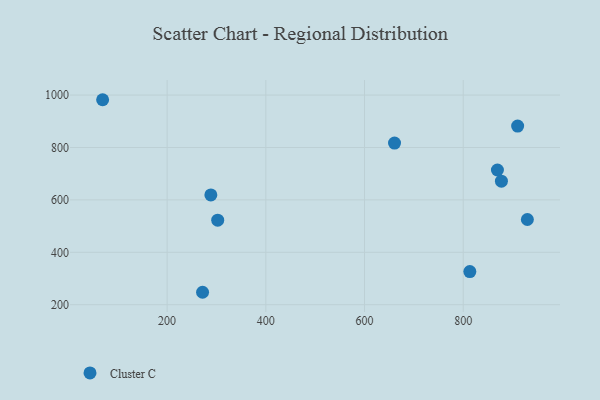
{"axis": {"x": "Engine Size", "y": "Sales"}, "legend": ["Cluster C"], "data": [{"x": "869.3", "y": 714.1, "type": "Cluster C"}, {"x": "660.8", "y": 817.0, "type": "Cluster C"}, {"x": "69.3", "y": 982.3, "type": "Cluster C"}, {"x": "910.3", "y": 881.9, "type": "Cluster C"}, {"x": "877.4", "y": 671.5, "type": "Cluster C"}, {"x": "813.4", "y": 326.4, "type": "Cluster C"}, {"x": "271.8", "y": 247.5, "type": "Cluster C"}, {"x": "930.0", "y": 525.3, "type": "Cluster C"}, {"x": "288.6", "y": 619.1, "type": "Cluster C"}, {"x": "302.5", "y": 522.8, "type": "Cluster C"}]}